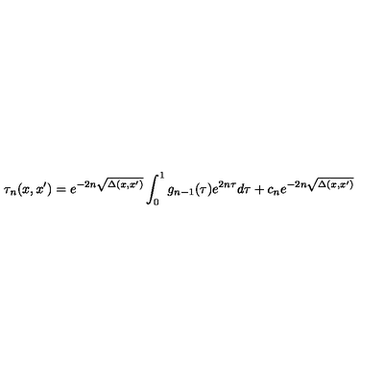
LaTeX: \tau _ { n } ( x , x ^ { \prime } ) = e ^ { - 2 n \sqrt { \Delta ( x , x ^ { \prime } ) } } \int _ { 0 } ^ { 1 } g _ { n - 1 } ( \tau ) e ^ { 2 n \tau } d \tau + c _ { n } e ^ { - 2 n \sqrt { \Delta ( x , x ^ { \prime } ) } }